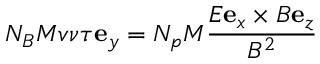
N _ { B } M v \nu \tau \mathbf { e } _ { y } = N _ { p } M \frac { E \mathbf { e } _ { x } \times B \mathbf { e } _ { z } } { B ^ { 2 } }